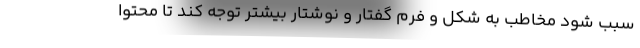
سبب شود مخاطب به شکل و فرم گفتار و نوشتار بیشتر توجه کند تا محتوا